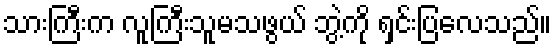
သားကြီးက လူကြီးသူမသဖွယ် ဘွဲ့ကို ရှင်းပြလေသည်။